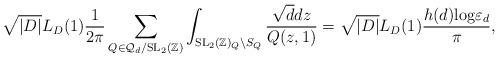
LaTeX: \begin{align*}\sqrt{|D|}L_D(1)\frac{1}{2\pi}\sum_{Q \in \mathcal{Q}_{d} / \mathrm{SL}_2(\mathbb{Z})}\int_{\mathrm{SL}_2(\mathbb{Z})_Q \backslash S_Q}\frac{\sqrt{d}dz}{Q(z,1)} = \sqrt{|D|}L_D(1)\frac{h(d)\mathrm{log}\varepsilon_d}{\pi},\end{align*}